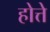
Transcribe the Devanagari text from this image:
होत्ते